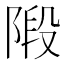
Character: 𨺣